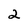
Character: 2